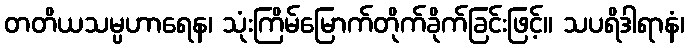
တတိယသမ္ပဟာရေန၊ သုံးကြိမ်မြောက်တိုက်ခိုက်ခြင်းဖြင့်။ သပရိဒါရာနံ၊